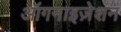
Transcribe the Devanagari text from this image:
ऑगनाइज़ेशन